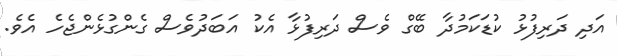
އަަދި ދަރިފުޅު ކުޑަކަމުދާ ބޭގް ވެސް ދަރިފުޅާ އެކު އަބަދުވެސް ގެންގުޅެންޖެހެ އެވެ.